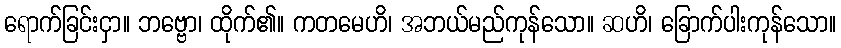
ရောက်ခြင်းငှာ။ ဘဗ္ဗော၊ ထိုက်၏။ ကတမေဟိ၊ အဘယ်မည်ကုန်သော။ ဆဟိ၊ ခြောက်ပါးကုန်သော။